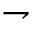
\rightharpoondown